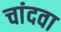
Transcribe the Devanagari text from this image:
चांदवा